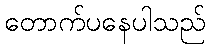
တောက်ပနေပါသည်